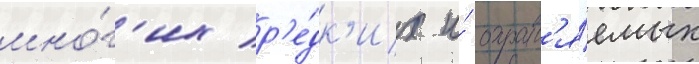
мно́г'их р'е́дк'их и́ охран'я́емых